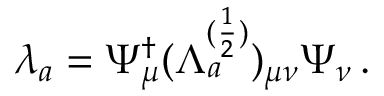
\lambda _ { a } = \Psi _ { \mu } ^ { \dagger } ( \Lambda _ { a } ^ { ( \frac { 1 } { 2 } ) } ) _ { \mu \nu } \Psi _ { \nu } \, .